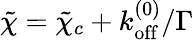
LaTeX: \begin{array}{r}{\tilde{\chi}=\tilde{\chi}_{c}+k_{\mathrm{off}}^{(0)}/\Gamma}\end{array}